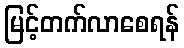
မြင့်တက်လာစေရန်